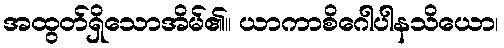
အထွတ်ရှိသောအိမ်၏။ ယာကာစိဂေါပါနသိယော၊